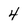
Character: 4